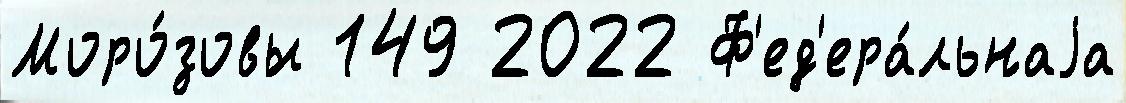
Моро́зовы 149 2022 Ф'ед'ера́льнаjа